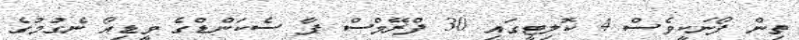
ތިން ފޯނަކީވެސް 4 ކޮލިޓީގައި 30 ފްރޭމްސް ޕާ ސެކަންޑްގެ ވީޑިއޯ ނެގުމުގެ